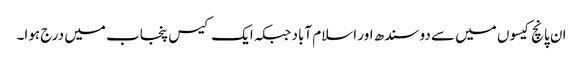
ان پانچ کیسوں میں سے دو سندھ اور اسلام آباد جبکہ ایک کیس پنجاب میں درج ہوا۔